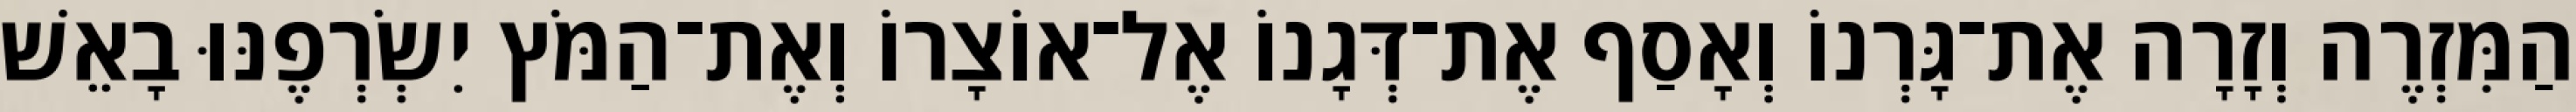
הַמִּזְרֶה וְזָרָה אֶת־גָּרְנוֹ וְאָסַף אֶת־דְּגָנוֹ אֶל־אוֹצָרוֹ וְאֶת־הַמֹּץ יִשְׂרְפֶנּוּ בָאֵשׁ